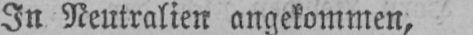
In Neutralien angekommen,